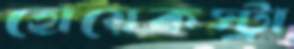
হোয়েকস্ট্রা